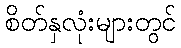
စိတ်နှလုံးများတွင်